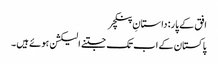
افق کے پار: داستانِ پنکچر
پاکستان کے اب تک جتنے الیکشن ہوئے ہیں ۔